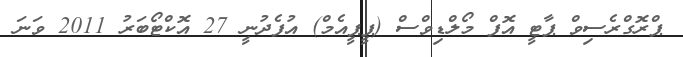
ޕްރޮގްރެސިވް ޕާޓީ އޮފް މޯލްޑިވްސް (ޕީޕީއެމް) އުފެދުނީ 27 އޮކްޓޯބަރު 2011 ވަނަ